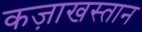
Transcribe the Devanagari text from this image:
कज़ाखस्तान